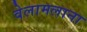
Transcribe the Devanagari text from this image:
वेलामलाना